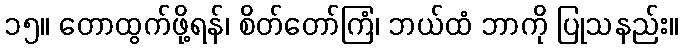
၁၅။ တောထွက်ဖို့ရန်၊ စိတ်တော်ကြံ၊ ဘယ်ထံ ဘာကို ပြုသနည်း။